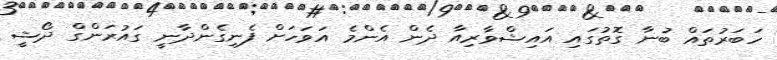
ހަބަރުތައް ބުނާ ގޮތުގައި އައިޝްވާރިއާ ދެން އެންމެ އަވަހަށް ފެނިގެންދާނީ ގައުރަންގް ދޯޝީ